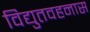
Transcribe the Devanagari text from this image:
विद्युतवहनास